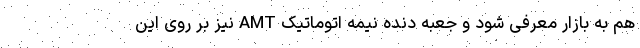
هم به بازار معرفی شود و جعبه دنده نیمه اتوماتیک AMT نیز بر روی این